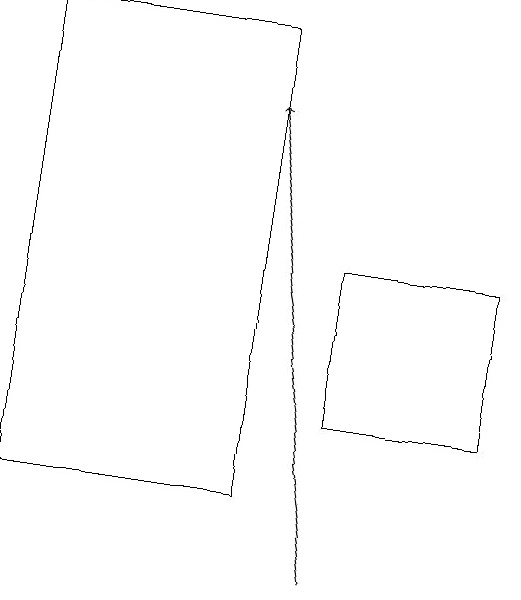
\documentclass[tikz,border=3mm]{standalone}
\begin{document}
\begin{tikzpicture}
\draw (5,12) rectangle (7,14);
\draw (1,17) rectangle (4,11);
\draw[->] (5,10) -- (4,16);
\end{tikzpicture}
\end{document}